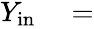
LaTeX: \begin{array}{rl}{Y_{\mathrm{in}}}&{{}=}\end{array}